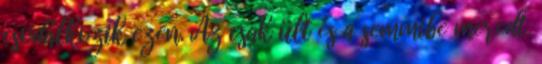
csodálkozik ezen. Az csak ült és a semmibe meredt.